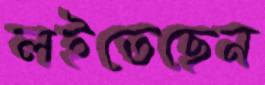
লইতেছেন